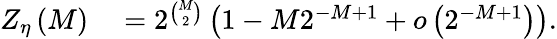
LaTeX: \begin{array}{rl}{Z_{\eta}\left(M\right)}&{{}=2^{\binom{M}{2}}\left(1-M2^{-M+1}+o\left(2^{-M+1}\right)\right).}\end{array}